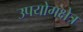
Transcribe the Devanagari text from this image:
उपयोगक्षेत्र